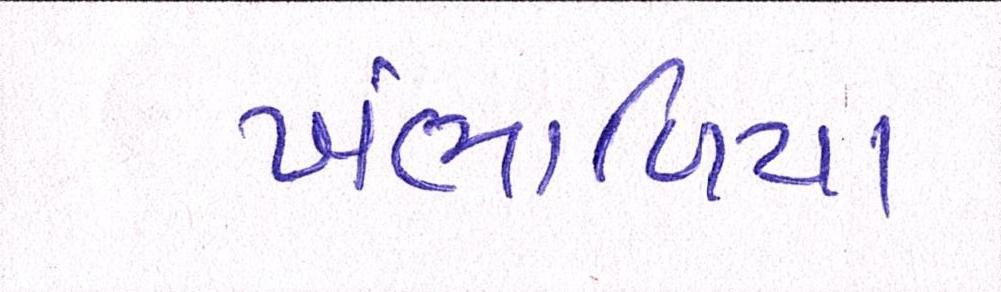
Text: ખંભાળિયા